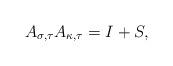
LaTeX: \begin{align*}A_{\sigma,{\tau}}A_{\kappa,{\tau}}=I+S,\end{align*}